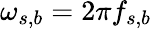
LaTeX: \omega_{s,b}=2\pi f_{s,b}